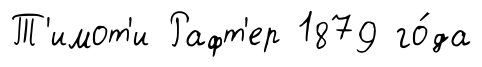
Т'имот'и Рафт'ер 1879 го́да